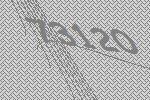
73120